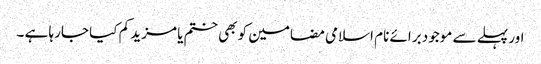
اور پہلے سے موجود برائے نام اسلامی مضامین کو بھی ختم یا مزید کم کیا جارہا ہے ۔